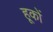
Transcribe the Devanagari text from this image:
हूकों